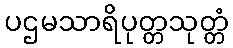
ပဌမသာရိပုတ္တသုတ္တံ